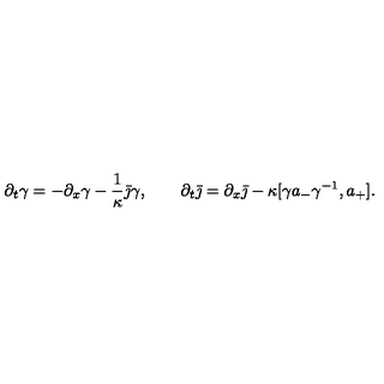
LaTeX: \partial _ { t } \gamma = - \partial _ { x } \gamma - \frac { 1 } { \kappa } \bar { \jmath } \gamma , \qquad \partial _ { t } \bar { \jmath } = \partial _ { x } \bar { \jmath } - \kappa [ \gamma a _ { - } \gamma ^ { - 1 } , a _ { + } ] .